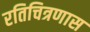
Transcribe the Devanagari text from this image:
रतिचित्रणास